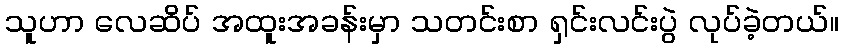
သူဟာ လေဆိပ် အထူးအခန်းမှာ သတင်းစာ ရှင်းလင်းပွဲ လုပ်ခဲ့တယ်။